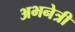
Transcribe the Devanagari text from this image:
अभनेत्री